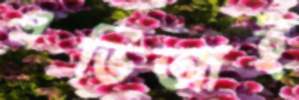
এভিআই